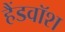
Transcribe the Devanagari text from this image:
हैंडवॉश